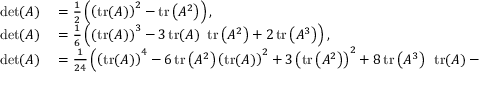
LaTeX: \begin{array} { r l } { \operatorname* { d e t } ( A ) } & { { } = { \frac { 1 } { 2 } } \left( \left( \operatorname { t r } ( A ) \right) ^ { 2 } - \operatorname { t r } \left( A ^ { 2 } \right) \right) , } \\ { \operatorname* { d e t } ( A ) } & { { } = { \frac { 1 } { 6 } } \left( \left( \operatorname { t r } ( A ) \right) ^ { 3 } - 3 \operatorname { t r } ( A ) ~ \operatorname { t r } \left( A ^ { 2 } \right) + 2 \operatorname { t r } \left( A ^ { 3 } \right) \right) , } \\ { \operatorname* { d e t } ( A ) } & { { } = { \frac { 1 } { 2 4 } } \left( \left( \operatorname { t r } ( A ) \right) ^ { 4 } - 6 \operatorname { t r } \left( A ^ { 2 } \right) \left( \operatorname { t r } ( A ) \right) ^ { 2 } + 3 \left( \operatorname { t r } \left( A ^ { 2 } \right) \right) ^ { 2 } + 8 \operatorname { t r } \left( A ^ { 3 } \right) ~ \operatorname { t r } ( A ) - 6 \operatorname { t r } \left( A ^ { 4 } \right) \right) . } \end{array}